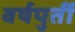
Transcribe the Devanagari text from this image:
वर्षपुर्ती